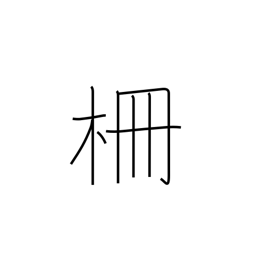
Meaning: stockade